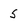
Character: 5